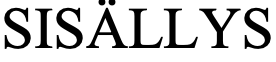
SISÄLLYS